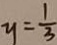
y = \frac { 1 } { 3 }